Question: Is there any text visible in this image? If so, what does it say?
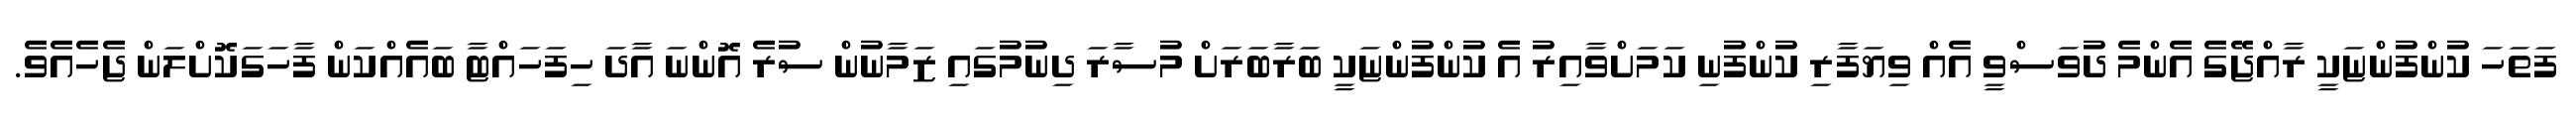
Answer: ފަތަހަ ކުންފުންޏަކީ ރާއްޖޭގެ އެންމެ ދުވަސްވީ އެއް ވިޔަފާރި ކުންފުނި ކަމަށްވާއިރު އެ ކުންފުންޏަކީ ބަރާބަރަށް މުސާރަ ދިނުމުގައި ޒަމާނުން ސުރެ އޮންނަ އާދަ ހިފަހައްޓާ ބައެއްކަން ފާހަގަކޮށްލަން ޖެހެއެވެ.